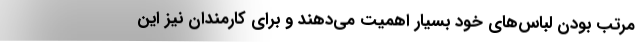
مرتب بودن لباس‌های خود بسیار اهمیت می‌دهند و برای کارمندان نیز این